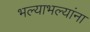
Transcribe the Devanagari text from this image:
भल्याभल्यांना